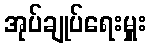
အုပ်ချုပ်ရေးမှူး